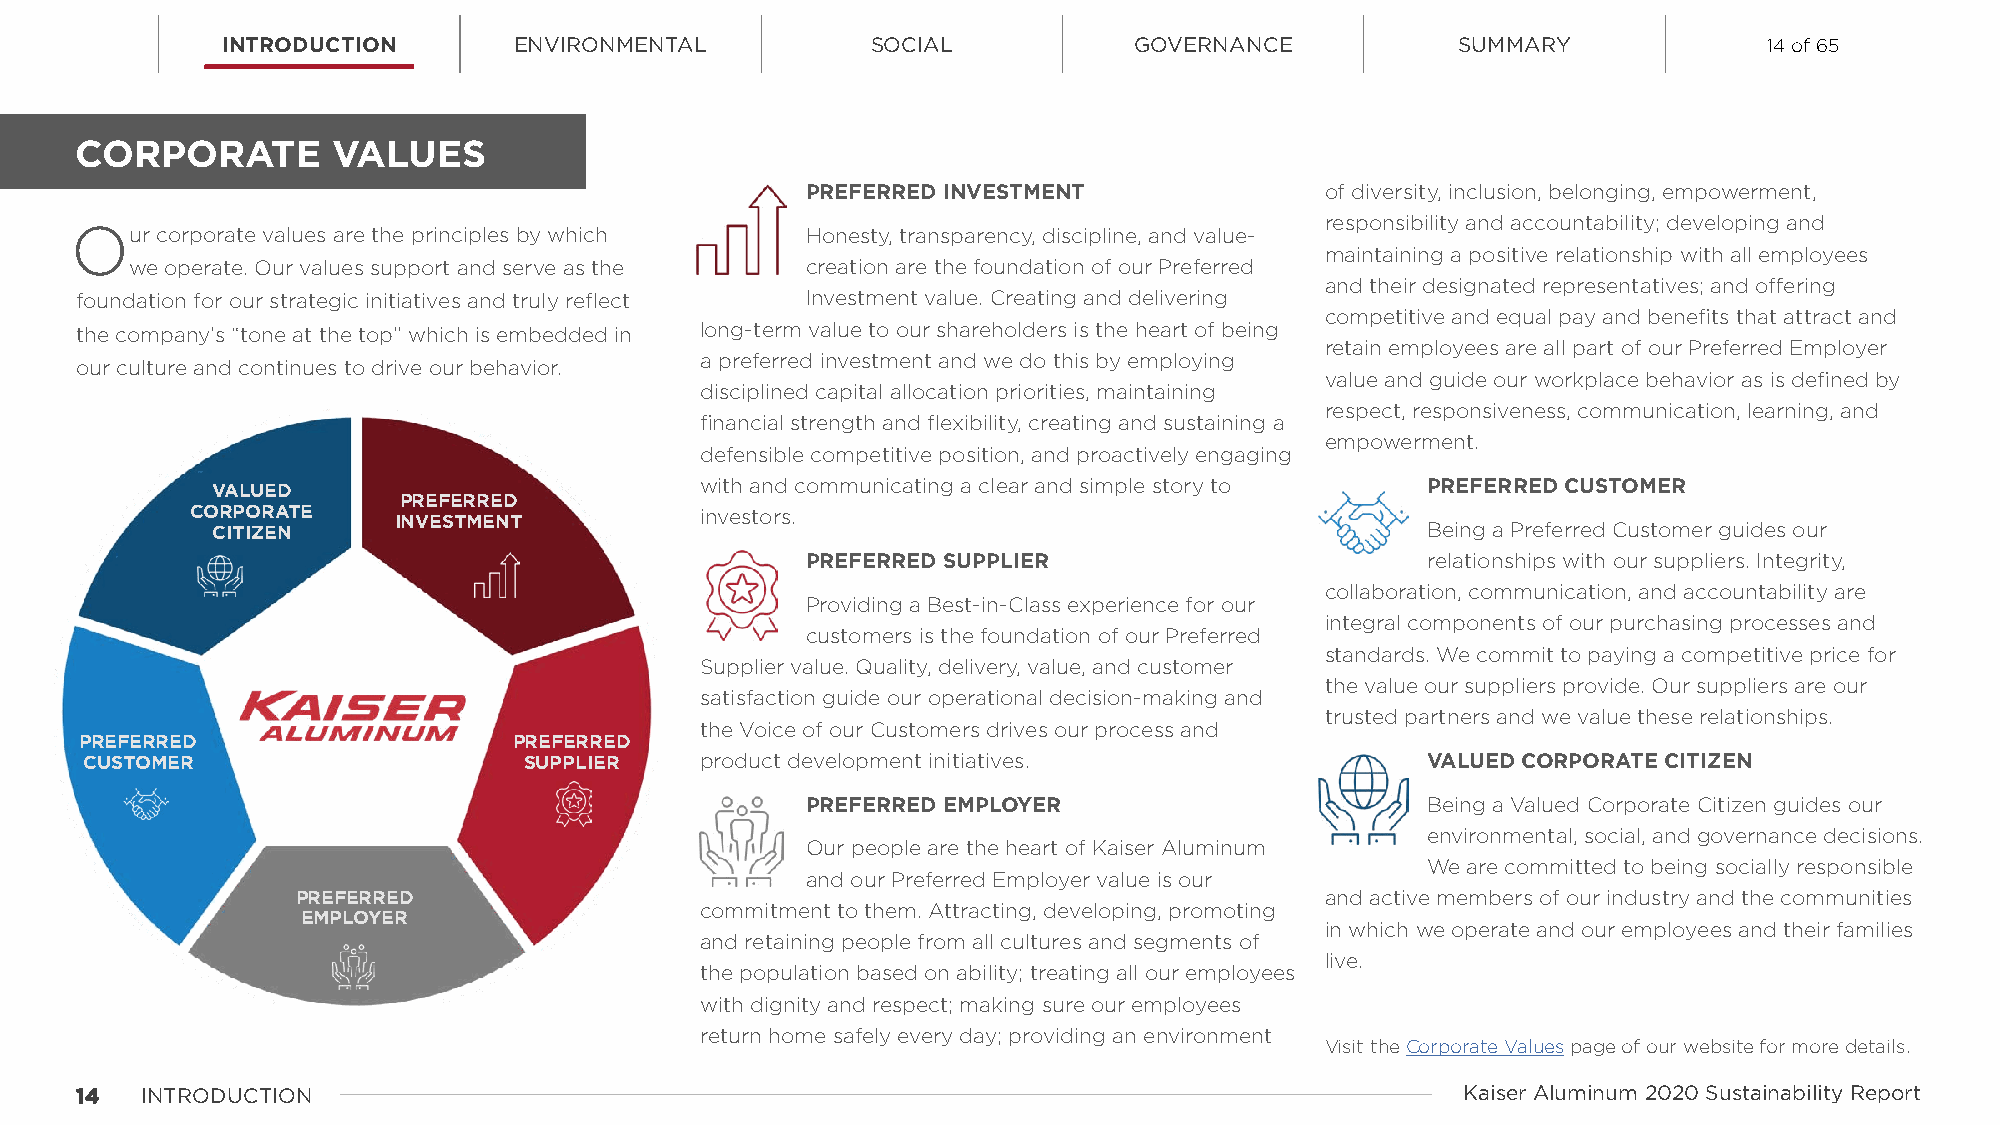
INTRODUCTION       ENVIRONMENTAL           SOCIAL           GOVERNANCE            SUMMARY             14 of 65
 CORPORATE        VALUES
 PREFERRED INVESTMENT               of diversity, inclusion, belonging, empowerment,
 responsibility and accountability; developing and
 Our  corporate values are the principles by which Honesty, transparency, discipline, and value-
 maintaining a positive relationship with all employees
 we operate. Our values support and serve as the creation are the foundation of our Preferred
 and their designated representatives; and offering
 foundation for our strategic initiatives and truly reflect Investment value. Creating and delivering
 competitive and equal pay and benefits that attract and
 the company’s “tone at the top” which is embedded in long-term value to our shareholders is the heart of being
 retain employees are all part of our Preferred Employer
 a preferred investment and we do this by employing
 our culture and continues to drive our behavior.
 value and guide our workplace behavior as is defined by
 disciplined capital allocation priorities, maintaining
 respect, responsiveness, communication, learning, and
 financial strength and flexibility, creating and sustaining a
 empowerment.
 defensible competitive position, and proactively engaging
 VALUED                          with and communicating a clear and simple story to PREFERRED CUSTOMER
 PREFERRED
 CORPORATE                        investors.
 CITIZEN     INVESTMENT                                                          Being a Preferred Customer guides our
 PREFERRED SUPPLIER                       relationships with our suppliers. Integrity,
 collaboration, communication, and accountability are
 Providing a Best-in-Class experience for our
 integral components of our purchasing processes and
 customers is the foundation of our Preferred
 standards. We commit to paying a competitive price for
 Supplier value. Quality, delivery, value, and customer
 the value our suppliers provide. Our suppliers are our
 satisfaction guide our operational decision-making and
 trusted partners and we value these relationships.
 the Voice of our Customers drives our process and
 PREFERRED                    PREFERRED
 CUSTOMER                     SUPPLIER   product development initiatives.                VALUED CORPORATE CITIZEN
 PREFERRED EMPLOYER                       Being a Valued Corporate Citizen guides our
 environmental, social, and governance decisions.
 Our people are the heart of Kaiser Aluminum
 We are committed to being socially responsible
 and our Preferred Employer value is our
 PREFERRED                                                           and active members of our industry and the communities
 commitment to them. Attracting, developing, promoting
 EMPLOYER
 in which we operate and our employees and their families
 and retaining people from all cultures and segments of
 live.
 the population based on ability; treating all our employees
 with dignity and respect; making sure our employees
 return home safely every day; providing an environment
 Visit the Corporate Values page of our website for more details.
 1144 INTRODUCTION                                                                           Kaiser Aluminum 2020 Sustainability Report